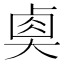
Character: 𡙉